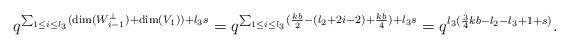
LaTeX: \begin{align*} q^{\sum_{1 \le i \le l_3} (\dim(W_{i-1}^\perp)+\dim(V_1))+l_3s} = q^{\sum_{1 \le i \le l_3} (\frac{kb}{2}-(l_2+2i-2)+\frac{kb}{4})+l_3s} = q^{l_3(\frac{3}{4}kb-l_2-l_3+1+s)}.\end{align*}